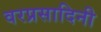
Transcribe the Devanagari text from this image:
वरप्रसादिनी